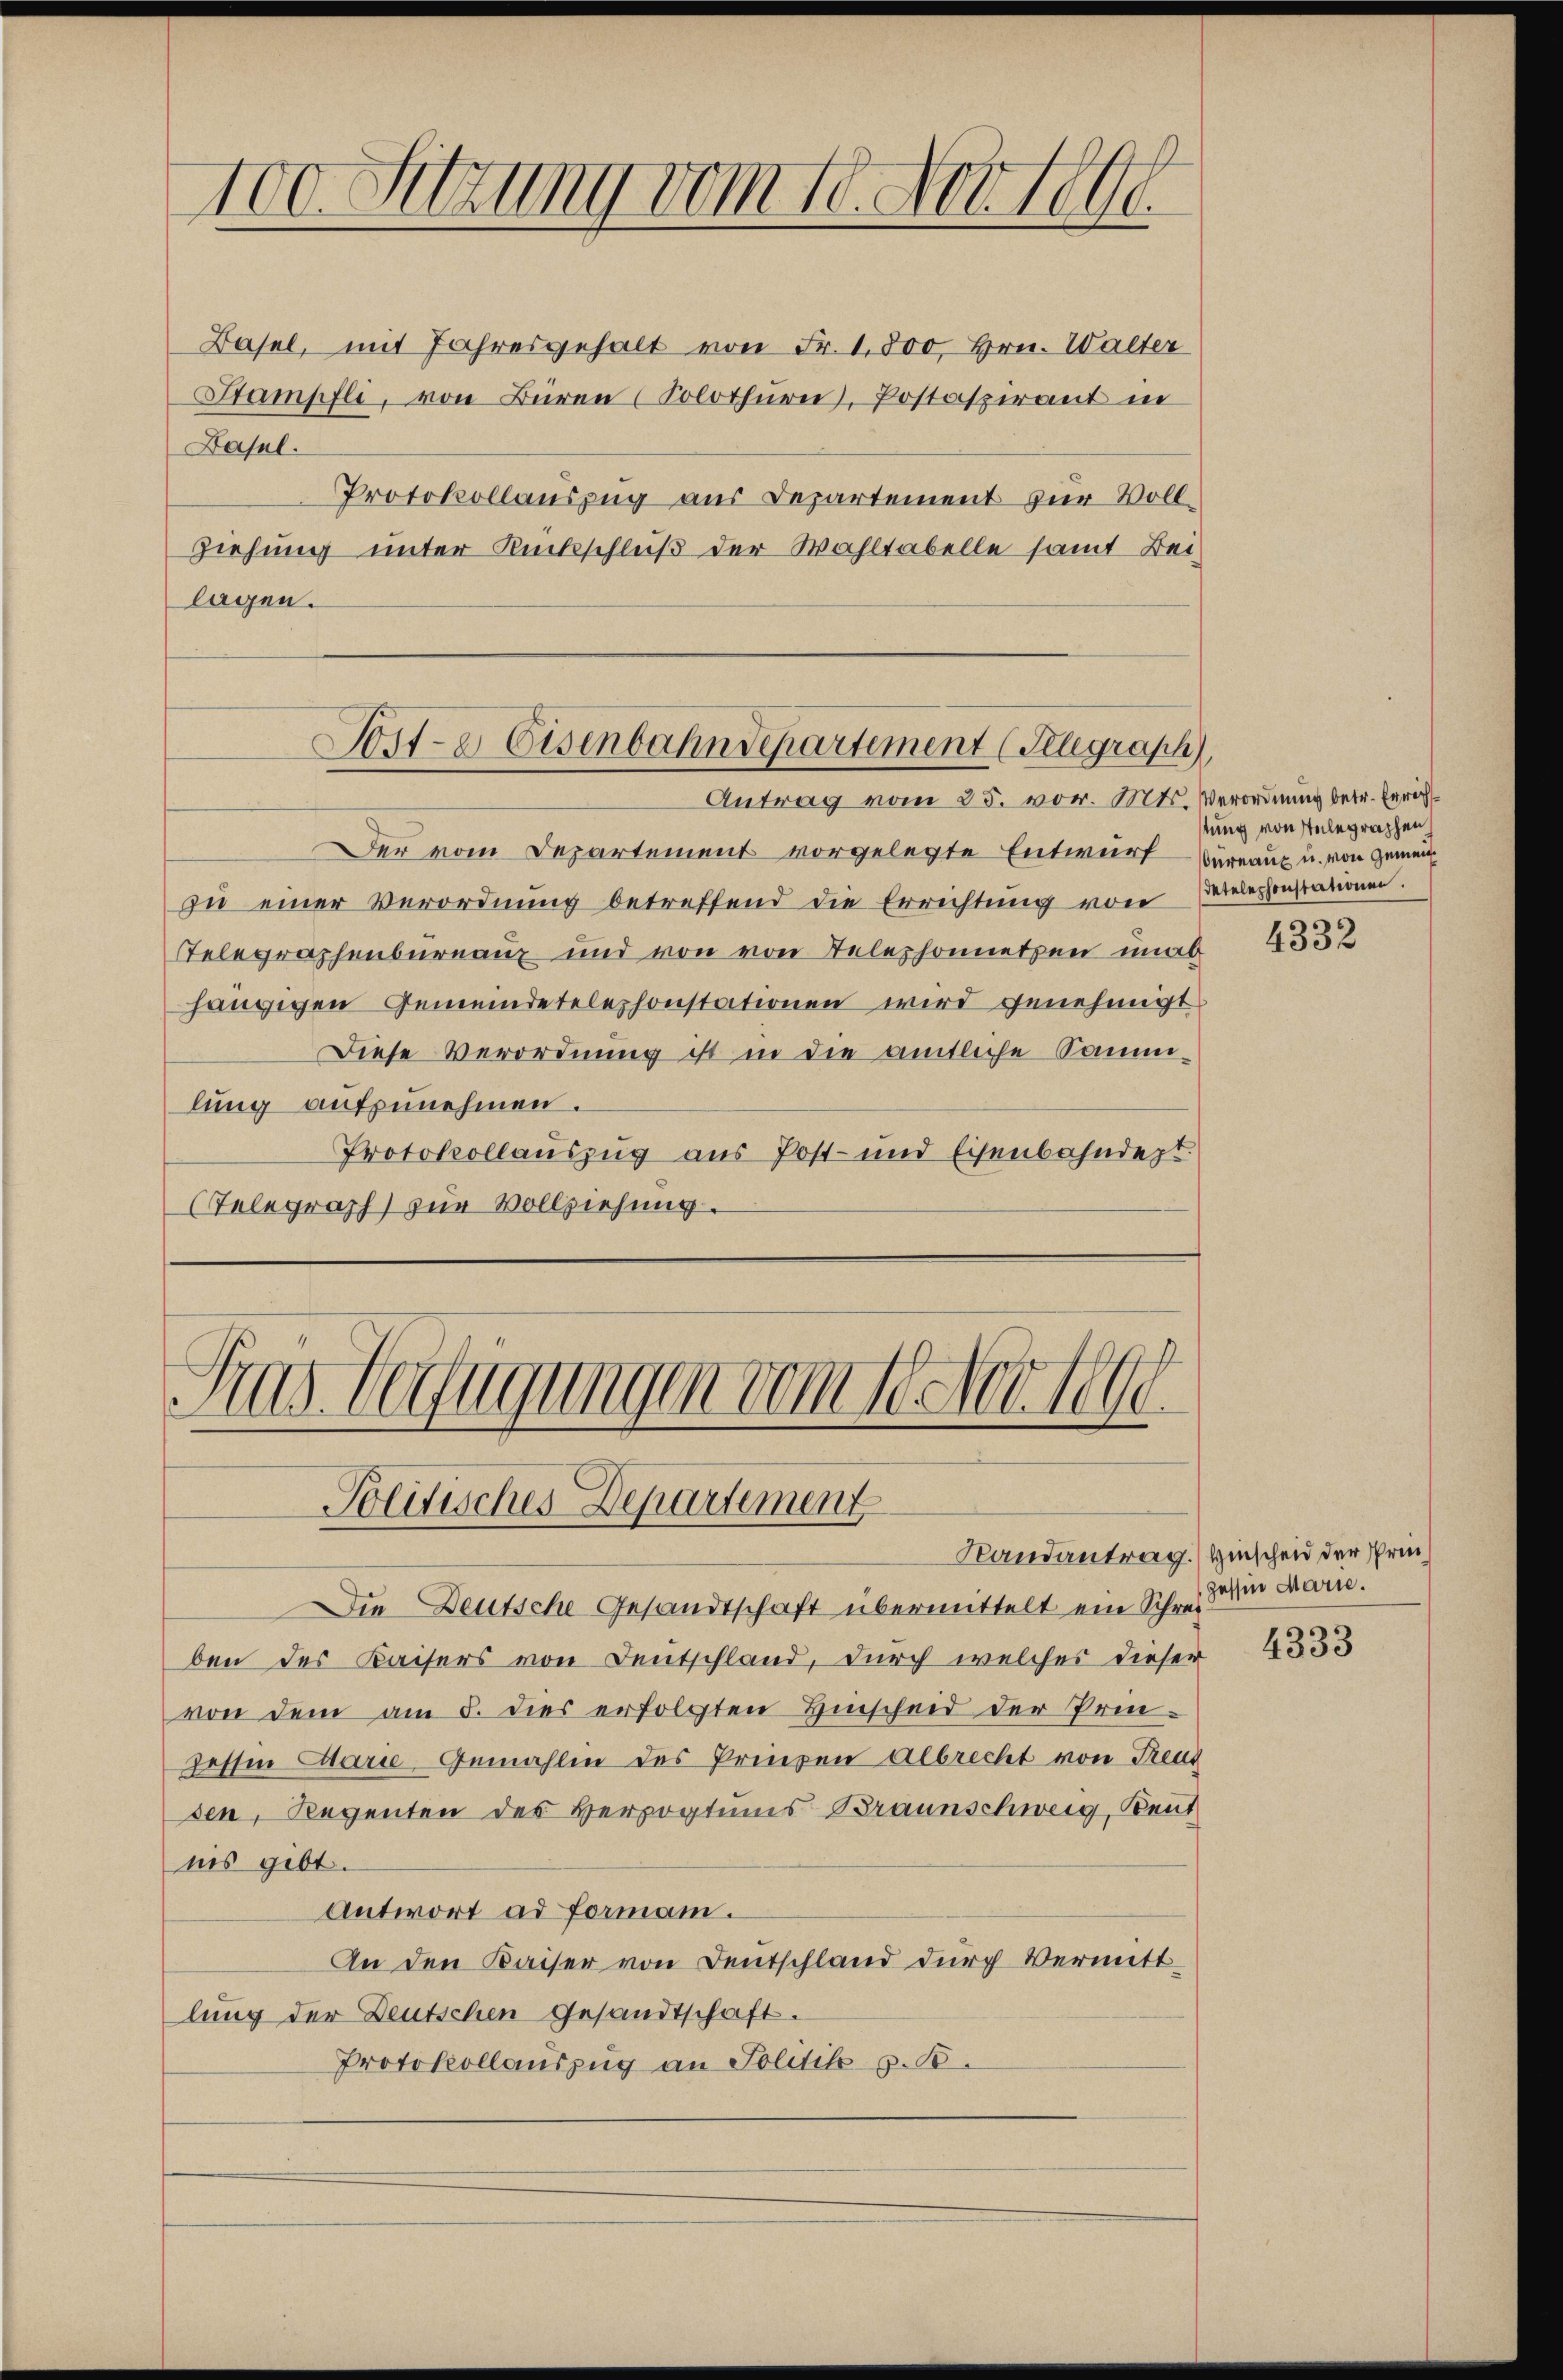
)
100. itzung vom 18. Nov 18

Basel, mit Jahresgehalt von Fr. 1,800, Hrn. Walter
Stampfli, von Büren (Solothurn), Postaspirant in
Basel.
Protokollauszug aus Departement zur Voll¬
Ziehung unter Rückschluß der Wahltabelle samt Bei-
lagen.

Sorte Eisenbahndepartement (Telegraph

Gras befugungen vom 10. Nov. 1890.
Politisches Departement
Randantrag.) Hinscheid der Pri¬

Antrag vom 25. vor. Mts. Verordnung betr. Errich¬
Der vom Departement vorgelegte Entwurf
zŭ einer Verordnŭng betreffend die Errichtŭng von Petelephonstationen.
Telegraphenburnau und von von Telephonnetzen unab
hängigen Gemeindetelephonstationen wird genehmigt
Diese Verordnung ist in die amtliche Sammlung aufzunehmen.
Protokollauszug aus Post- und Eisenbahndept
Telegraph zur Vollziehung.

stung von stelegraphen
bureaux u. von Gemein¬

Die Deutsche Gesandtschaft übermittelt ein Schrei
ben des Kaisers von Deutschland, durch welches dieser
von dem am 5. dies erfolgten Hinscheid der Prin-
gessen Carie-Gemahlen des Prinzen Albrecht von Freud
sen, Regenten des Herzogtums Braunschweig, Rent
nis gibt.
Antwort ad forman.
An den Kaiser von Deutschland durch Vermitt
lung der Deutschen Gesandtschaft.
Protokollauszug an Politik u. 1

4332

zessin Marie.

4333